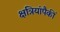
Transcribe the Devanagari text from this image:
क्षत्रियांपैकीं